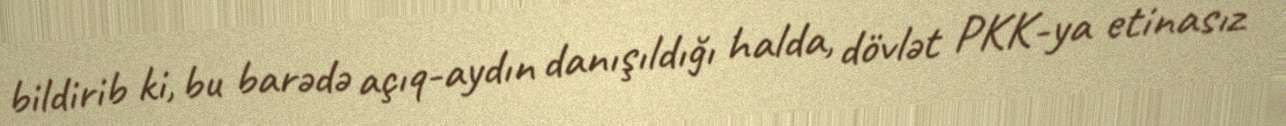
bildirib ki, bu barədə açıq-aydın danışıldığı halda, dövlət PKK-ya etinasız